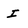
Character: I